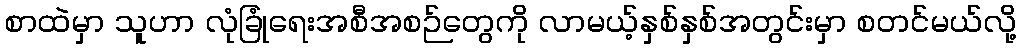
စာထဲမှာ သူဟာ လုံခြုံရေးအစီအစဉ်တွေကို လာမယ့်နှစ်နှစ်အတွင်းမှာ စတင်မယ်လို့